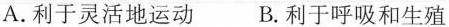
A.利于灵活地运动 B.利于呼吸和生殖